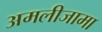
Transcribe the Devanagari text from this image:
अमलीजामा